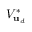
V _ { \mathbf { u } _ { d } } ^ { * }